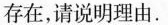
存在，请说明理由.